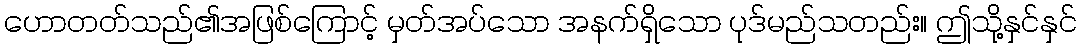
ဟောတတ်သည်၏အဖြစ်ကြောင့် မှတ်အပ်သော အနက်ရှိသော ပုဒ်မည်သတည်း။ ဤသို့နှင်နှင်